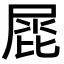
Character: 𡲩